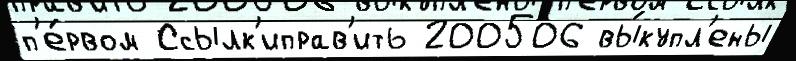
п'е́рвом Ссылк'иправ'ить 200506 вы́купл'ены